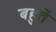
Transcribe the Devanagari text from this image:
बहुतें